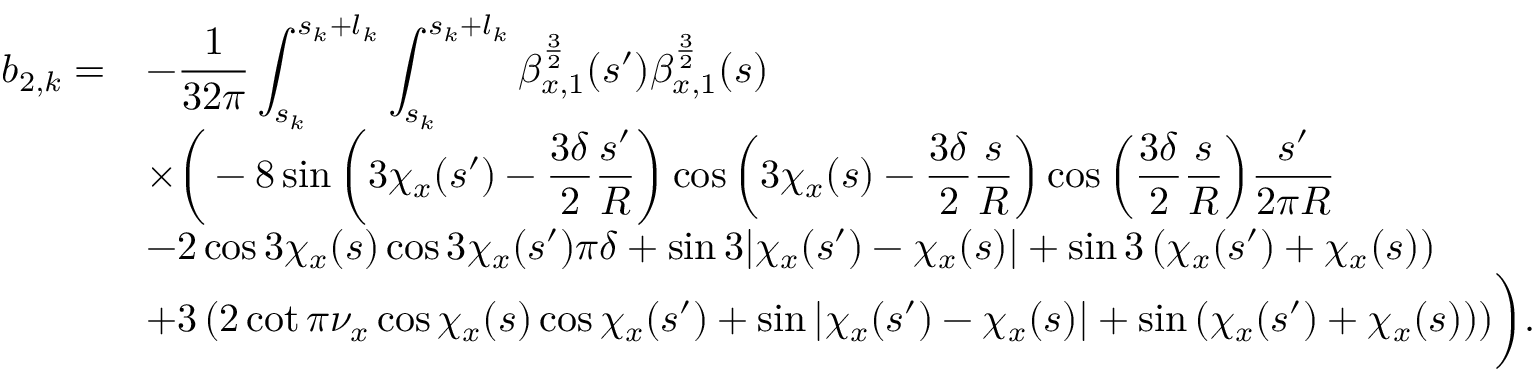
\begin{array} { c l } { \displaystyle b _ { 2 , k } = } & { \displaystyle - \frac { 1 } { 3 2 \pi } \int _ { s _ { k } } ^ { s _ { k } + l _ { k } } { \int _ { s _ { k } } ^ { s _ { k } + l _ { k } } { \beta _ { x , 1 } ^ { \frac { 3 } { 2 } } ( s ^ { \prime } ) \beta _ { x , 1 } ^ { \frac { 3 } { 2 } } ( s ) } } } \\ & { \displaystyle \times \biggr ( - 8 \sin { \left( 3 \chi _ { x } ( s ^ { \prime } ) - \frac { 3 \delta } { 2 } \frac { s ^ { \prime } } { R } \right) } \cos { \left( 3 \chi _ { x } ( s ) - \frac { 3 \delta } { 2 } \frac { s } { R } \right) } \cos { \left( \frac { 3 \delta } { 2 } \frac { s } { R } \right) } \frac { s ^ { \prime } } { 2 \pi R } } \\ & { \displaystyle - 2 \cos { 3 \chi _ { x } ( s ) } \cos { 3 \chi _ { x } ( s ^ { \prime } ) } \pi \delta + \sin { 3 | \chi _ { x } ( s ^ { \prime } ) - \chi _ { x } ( s ) | } + \sin { 3 \left( \chi _ { x } ( s ^ { \prime } ) + \chi _ { x } ( s ) \right) } } \\ & { \displaystyle + 3 \left( 2 \cot { \pi \nu _ { x } } \cos { \chi _ { x } ( s ) } \cos { \chi _ { x } ( s ^ { \prime } ) } + \sin { | \chi _ { x } ( s ^ { \prime } ) - \chi _ { x } ( s ) | } + \sin { \left( \chi _ { x } ( s ^ { \prime } ) + \chi _ { x } ( s ) \right) } \right) \biggr ) . } \end{array}